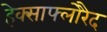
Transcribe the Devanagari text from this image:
हेक्साफ्लोरैद